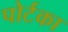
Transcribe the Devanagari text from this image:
पोर्टका